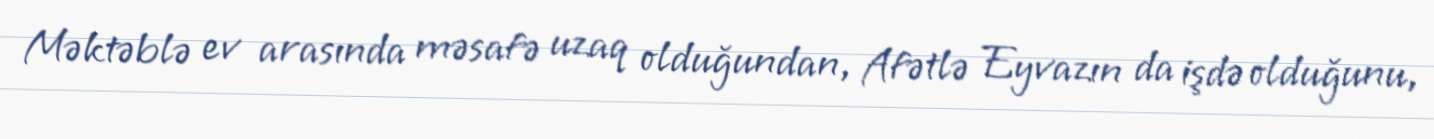
Məktəblə ev arasında məsafə uzaq olduğundan, Afətlə Eyvazın da işdə olduğunu,